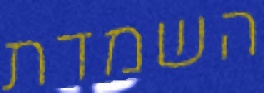
השמדת